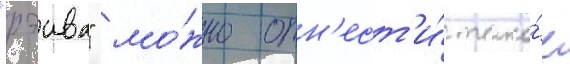
"рэива" мо́жно отн'ест'и́ тако́е